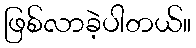
ဖြစ်လာခဲ့ပါတယ်။